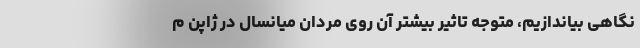
نگاهی بیاندازیم، متوجه تاثیر بیشتر آن روی مردان میانسال در ژاپن م